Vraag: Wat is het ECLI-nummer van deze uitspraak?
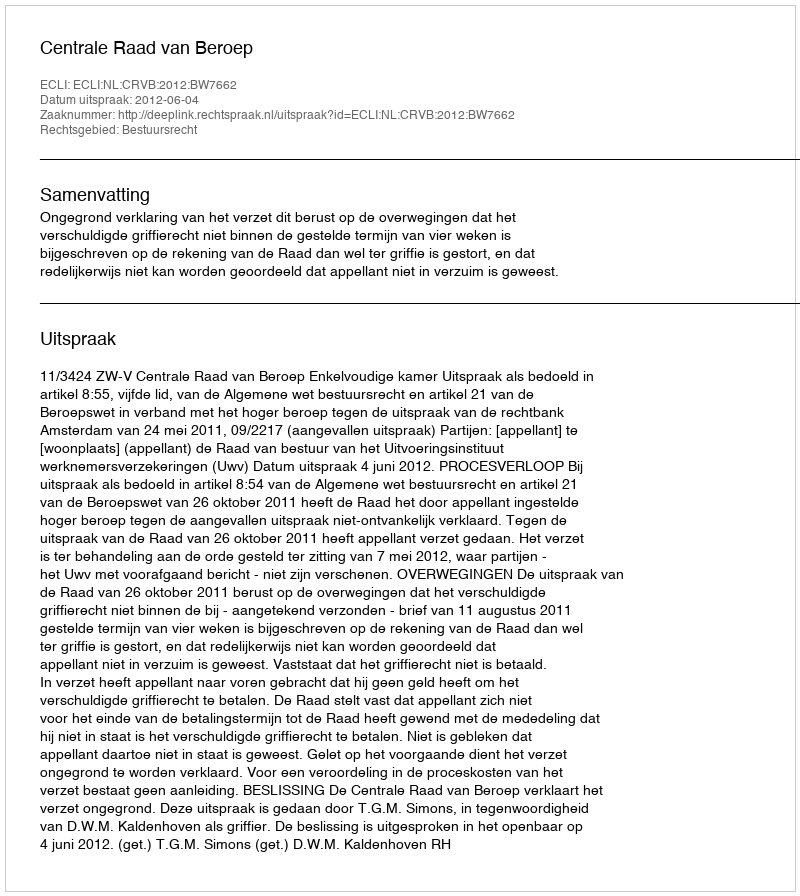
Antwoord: ECLI:NL:CRVB:2012:BW7662